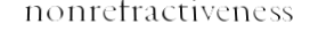
nonrefractiveness